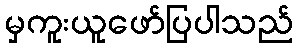
မှကူးယူဖော်ပြပါသည်